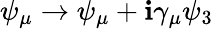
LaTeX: \psi_{\mu}\rightarrow\psi_{\mu}+\mathbf{i}\gamma_{\mu}\psi_{3}